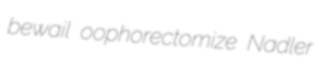
bewail oophorectomize Nadler